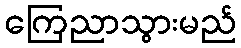
ကြေညာသွားမည်